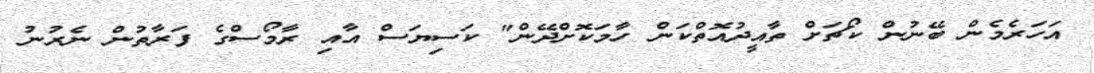
އަހަރެމެން ބޭނުން ކޯޗަށް ތާއީދުއޮތްކަން ހާމަކޮށްދޭން" ކަސިޔަސް އާއި ރާމޯސްގެ ފަރާތުން ނެރުނު